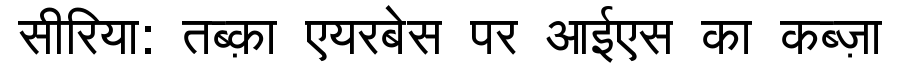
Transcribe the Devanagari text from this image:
सीरिया: तब्क़ा एयरबेस पर आईएस का कब्ज़ा